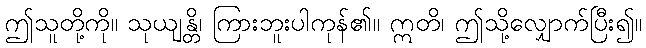
ဤသူတို့ကို။ သုယျန္တိ၊ ကြားဘူးပါကုန်၏။ ဣတိ၊ ဤသို့လျှောက်ပြီး၍။